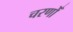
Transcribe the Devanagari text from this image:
चरणोँ